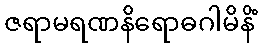
ဇရာမရဏနိရောဓဂါမိနိံ